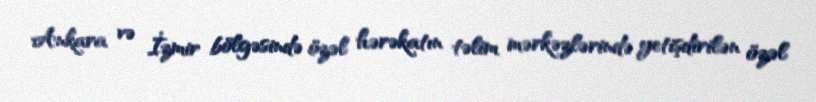
Ankara və İzmir bölgəsində özəl hərəkatın təlim mərkəzlərində yetişdirilən özəl